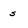
Character: s